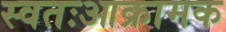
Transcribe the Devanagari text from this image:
स्वतःआक्रामक